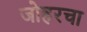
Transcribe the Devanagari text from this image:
जोहरचा